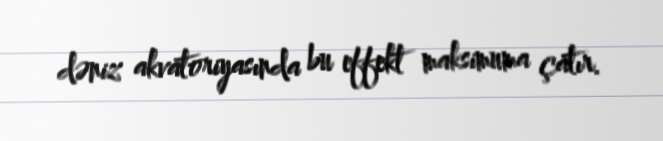
dəniz akvatoriyasında bu effekt maksimuma çatır.